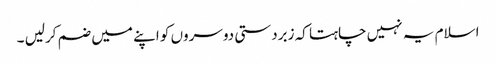
اسلام یہ نہیں چاہتا کہ زبردستی دوسروں کو اپنے میں ضم کرلیں ۔